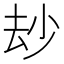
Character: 𠫴